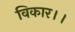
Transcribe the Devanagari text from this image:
विकार।।